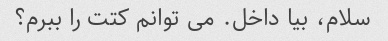
سلام، بیا داخل. می توانم کتت را ببرم؟